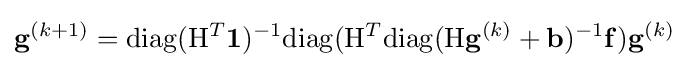
\mathbf {g} ^{(k+1)}=\mathrm {diag} (\mathrm {H} ^{T}\mathbf {1} )^{-1}\mathrm {diag} (\mathrm {H} ^{T}\mathrm {diag} (\mathrm {H} \mathbf {g} ^{(k)}+\mathbf {b} )^{-1}\mathbf {f} )\mathbf {g} ^{(k)}